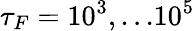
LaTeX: \tau_{F}=10^{3},...10^{5}